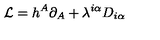
{ \cal L } = h ^ { A } \partial _ { A } + \lambda ^ { i \alpha } D _ { i \alpha }